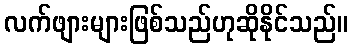
လက်ဖျားများဖြစ်သည်ဟုဆိုနိုင်သည်။